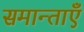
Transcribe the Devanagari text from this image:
समान्ताएँ